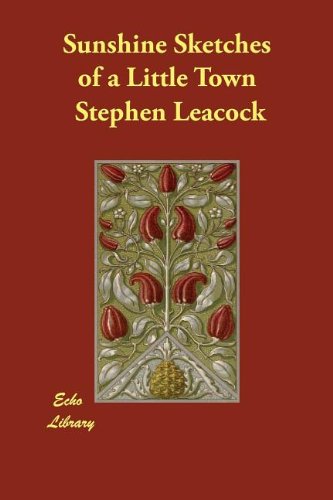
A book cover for Sunshine Sketches of a Little Town; Stephen Leacock; Christian Books & Bibles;